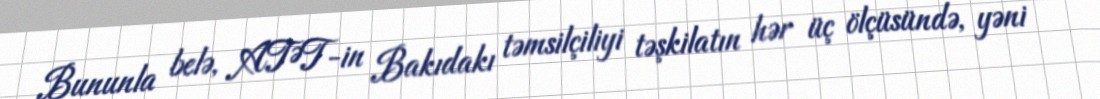
Bununla belə, ATƏT-in Bakıdakı təmsilçiliyi təşkilatın hər üç ölçüsündə, yəni